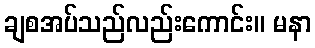
ချစအပ်သည်လည်းကောင်း။ မနာ